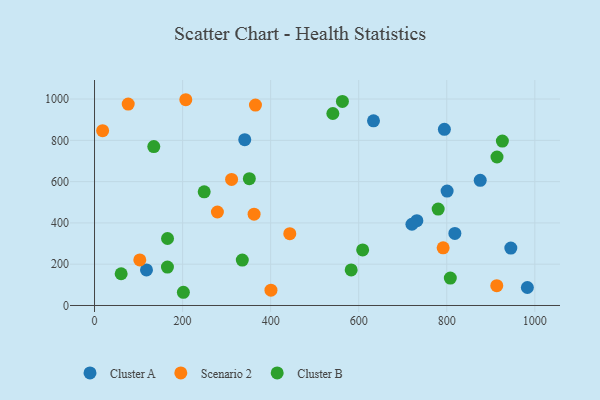
{"axis": {"x": "Engine Size", "y": "Exam Score"}, "legend": ["Cluster A", "Cluster B", "Scenario 2"], "data": [{"x": "983.1", "y": 87.1, "type": "Cluster A"}, {"x": "118.0", "y": 172.2, "type": "Cluster A"}, {"x": "945.5", "y": 278.3, "type": "Cluster A"}, {"x": "876.0", "y": 606.5, "type": "Cluster A"}, {"x": "633.6", "y": 894.4, "type": "Cluster A"}, {"x": "732.1", "y": 410.8, "type": "Cluster A"}, {"x": "800.8", "y": 554.2, "type": "Cluster A"}, {"x": "720.9", "y": 393.6, "type": "Cluster A"}, {"x": "818.4", "y": 349.3, "type": "Cluster A"}, {"x": "794.6", "y": 853.4, "type": "Cluster A"}, {"x": "341.2", "y": 803.2, "type": "Cluster A"}, {"x": "400.7", "y": 74.3, "type": "Scenario 2"}, {"x": "18.4", "y": 846.9, "type": "Scenario 2"}, {"x": "791.8", "y": 279.5, "type": "Scenario 2"}, {"x": "362.4", "y": 442.4, "type": "Scenario 2"}, {"x": "279.1", "y": 452.9, "type": "Scenario 2"}, {"x": "365.5", "y": 971.0, "type": "Scenario 2"}, {"x": "102.8", "y": 220.8, "type": "Scenario 2"}, {"x": "207.3", "y": 996.7, "type": "Scenario 2"}, {"x": "443.5", "y": 348.0, "type": "Scenario 2"}, {"x": "76.5", "y": 975.7, "type": "Scenario 2"}, {"x": "913.6", "y": 95.8, "type": "Scenario 2"}, {"x": "311.3", "y": 610.4, "type": "Scenario 2"}, {"x": "609.0", "y": 268.9, "type": "Cluster B"}, {"x": "165.6", "y": 186.3, "type": "Cluster B"}, {"x": "201.8", "y": 64.0, "type": "Cluster B"}, {"x": "134.6", "y": 769.9, "type": "Cluster B"}, {"x": "541.3", "y": 930.0, "type": "Cluster B"}, {"x": "914.1", "y": 719.2, "type": "Cluster B"}, {"x": "60.5", "y": 153.7, "type": "Cluster B"}, {"x": "351.6", "y": 614.3, "type": "Cluster B"}, {"x": "582.9", "y": 172.5, "type": "Cluster B"}, {"x": "926.3", "y": 796.4, "type": "Cluster B"}, {"x": "249.1", "y": 550.4, "type": "Cluster B"}, {"x": "780.5", "y": 466.9, "type": "Cluster B"}, {"x": "808.1", "y": 132.6, "type": "Cluster B"}, {"x": "335.6", "y": 220.1, "type": "Cluster B"}, {"x": "165.8", "y": 324.4, "type": "Cluster B"}, {"x": "563.0", "y": 988.5, "type": "Cluster B"}]}